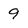
Character: 9